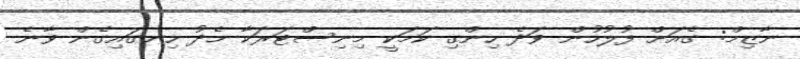
ނާޒިމް: ގެއަށް ފުލުހުން ވަދެ ހިންގި ކަމަކީ މިނިސްޓަރަކާ މެދު ހިނގައިގެން ވާނެ